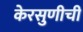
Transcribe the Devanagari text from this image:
केरसुणीची